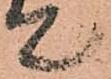
て